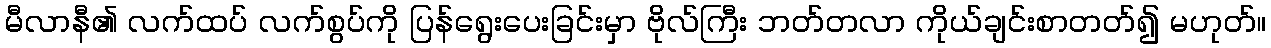
မီလာနီ၏ လက်ထပ် လက်စွပ်ကို ပြန်ရွေးပေးခြင်းမှာ ဗိုလ်ကြီး ဘတ်တလာ ကိုယ်ချင်းစာတတ်၍ မဟုတ်။